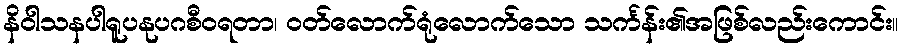
နိဝါသနပါရူပနုပဂစီဝရတာ၊ ဝတ်လောက်ရုံလောက်သော သင်္ကန်း၏အဖြစ်လည်းကောင်း။